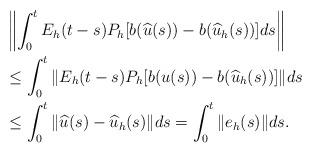
LaTeX: \begin{align*}&\left\|\int_0^t E_h(t-s)P_h[b(\widehat{u}(s))-b(\widehat{u}_h(s))]ds \right\| \\& \leq \int_0^t \|E_h(t-s)P_h[b(u(s))-b(\widehat{u}_h(s))]\|ds \\& \leq \int_0^t \|\widehat{u}(s)-\widehat{u}_h(s)\|ds=\int_0^t \|e_h(s)\|ds.\end{align*}